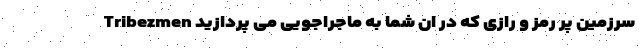
سرزمین پر رمز و رازی که در ان شما به ماجراجویی می پردازید Tribezmen